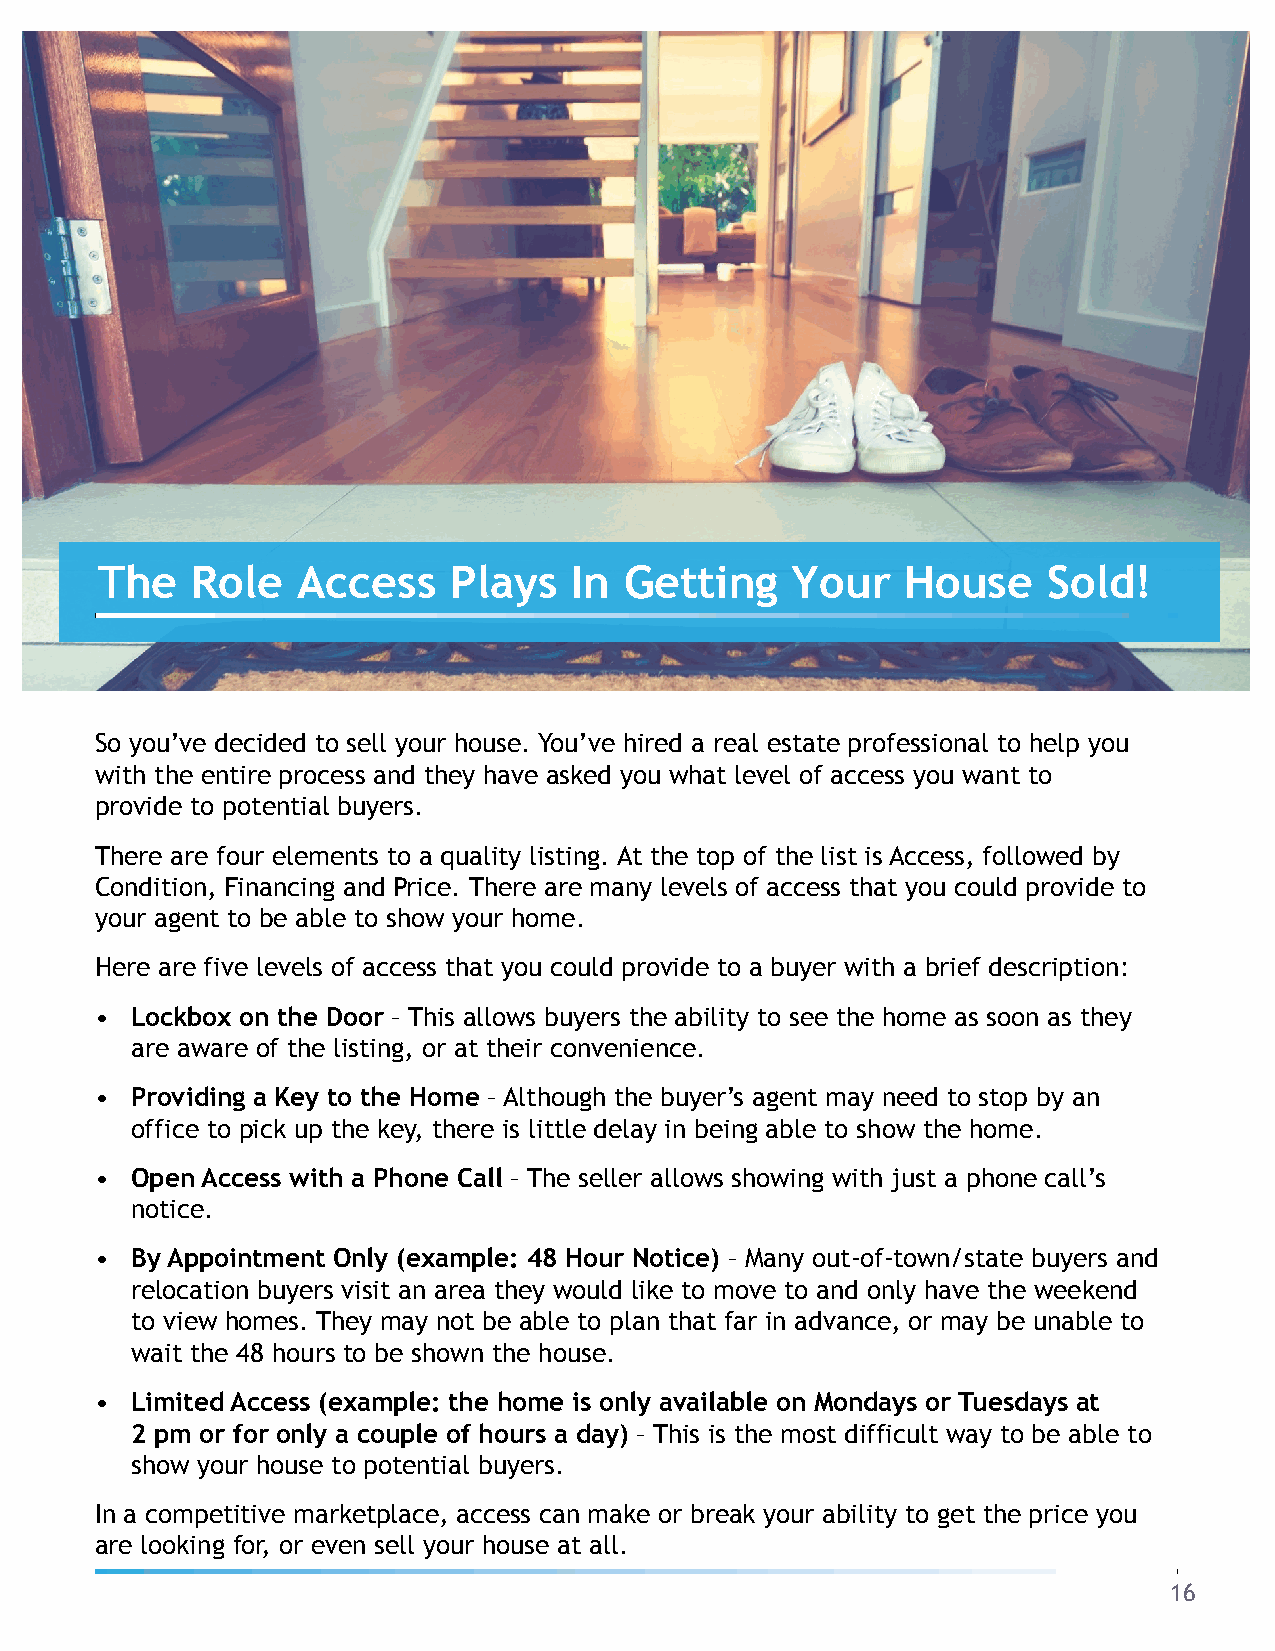
The    Role   Access    Plays   In Getting    Your    House    Sold!
 So you’ve decided to sell your house. You’ve hired a real estate professional to help you
 with the entire process and they have asked you what level of access you want to
 provide to potential buyers.
 There are four elements to a quality listing. At the top of the list is Access, followed by
 Condition, Financing and Price. There are many levels of access that you could provide to
 your agent to be able to show your home.
 Here are five levels of access that you could provide to a buyer with a brief description:
 •  Lockbox on the Door – This allows buyers the ability to see the home as soon as they
 are aware of the listing, or at their convenience.
 •  Providing a Key to the Home –Although the buyer’s agent may need to stop by an
 office to pick up the key, there is little delay in being able to show the home.
 •  Open Access with a Phone Call – The seller allows showing with just a phone call’s
 notice.
 •  By Appointment Only (example: 48 Hour Notice) – Many out-of-town/state buyers and
 relocation buyers visit an area they would like to move to and only have the weekend
 to view homes. They may not be able to plan that far in advance, or may be unable to
 wait the 48 hours to be shown the house.
 •  Limited Access (example: the home is only available on Mondays or Tuesdays at
 2 pm or for only a couple of hours a day) – This is the most difficult way to be able to
 show your house to potential buyers.
 In a competitive marketplace, access can make or break your ability to get the price you
 are looking for, or even sell your house at all.
 16